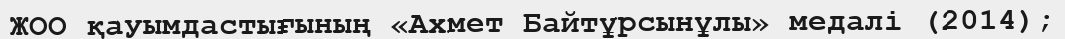
ЖОО қауымдастығының «Ахмет Байтұрсынұлы» медалі (2014);